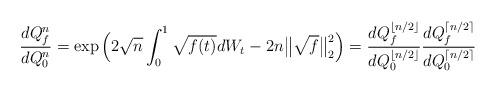
LaTeX: \begin{align*}\frac{dQ_f^n}{dQ_0^n} = \exp\Big( 2\sqrt{n} \int_0^1 \sqrt{f(t)} dW_t - 2n \big\|\sqrt{f}\big\|_2^2\Big)= \frac{dQ_f^{\lfloor n/2\rfloor}}{dQ_0^{\lfloor n/2\rfloor}} \frac{dQ_f^{\lceil n/2\rceil}}{dQ_0^{\lceil n/2\rceil}}\end{align*}